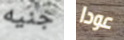
جنيه عودا